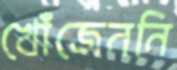
খোঁজেননি